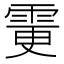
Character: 𩂼